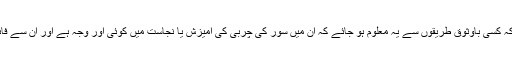
دوم: اصل ایسی چیزوں میں طہارت اور ان کا استعمال حلال ہےحتی کہ کسی باوثوق طریقوں سے یہ معلوم ہو جائے کہ ان میں سور کی چربی کی آمیزش یا نجاست ميں کوئی اور وجہ ہے اور ان سے فائدہ اٹھانا حرام ہے، تو پھر ایسی صورت میں ان کا استعمال حرام ہوگا۔